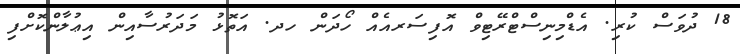
18 ދުވަސް ކުރި. އެޑްމިނިސްޓްރޭޓިވް އޮފިސަރއެއް ހޯދަން ހދ. އަތޮޅު މަދަރުސާއިން އިޢުލާންކޮށްފި